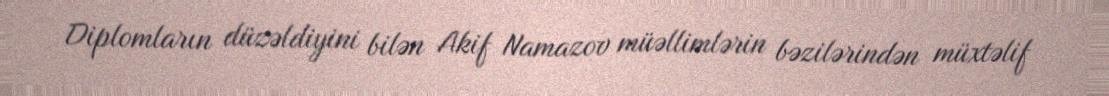
Diplomların düzəldiyini bilən Akif Namazov müəllimlərin bəzilərindən müxtəlif